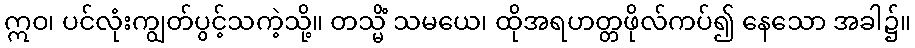
ဣဝ၊ ပင်လုံးကျွတ်ပွင့်သကဲ့သို့။ တသ္မိံ သမယေ၊ ထိုအရဟတ္တဖိုလ်ကပ်၍ နေသော အခါ၌။